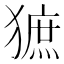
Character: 𤡍